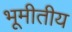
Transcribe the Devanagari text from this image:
भूमीतीय